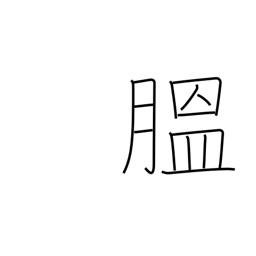
Meaning: corpulent